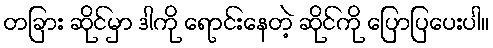
တခြား ဆိုင်မှာ ဒါကို ရောင်းနေတဲ့ ဆိုင်ကို ပြောပြပေးပါ။